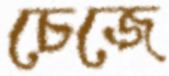
চেজে